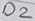
Text: 02